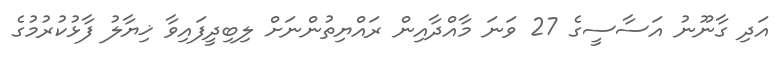
އަދި ގާނޫނު އަސާސީގެ 27 ވަނަ މާއްދާއިން ރައްޔިތުންނަށް ލިބިދީފައިވާ ޚިޔާލު ފާޅުކުރުމުގެ